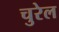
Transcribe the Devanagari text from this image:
चुरेल